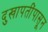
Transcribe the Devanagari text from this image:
दुखापतींपासून